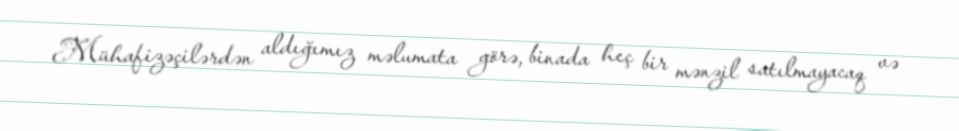
Mühafizəçilərdən aldığımız məlumata görə, binada heç bir mənzil satılmayacaq və